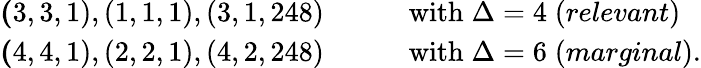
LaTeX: \begin{array}{ll}{{{\mathbf(3,3,1),(1,1,1),(3,1,248)}\qquad}}&{{\mathrm{with}\; \Delta=4\; (relevant)}}\\ {{{\mathbf(4,4,1),(2,2,1),(4,2,248)}\qquad}}&{{\mathrm{with}\; \Delta=6\; (marginal).}}\end{array}